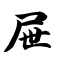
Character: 屉